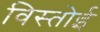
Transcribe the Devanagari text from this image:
विस्तोई